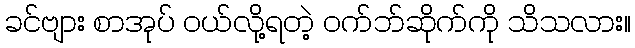
ခင်ဗျား စာအုပ် ဝယ်လို့ရတဲ့ ဝက်ဘ်ဆိုက်ကို သိသလား။